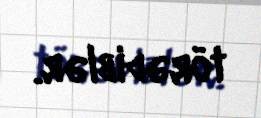
törədiblər.